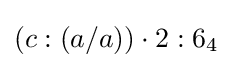
(c:(a/a))\cdot 2:6_{4}